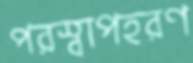
পরস্বাপহরণ